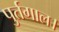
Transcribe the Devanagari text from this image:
पुर्तगाल।